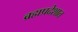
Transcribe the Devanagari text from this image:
ब्रह्मप्रदेशात